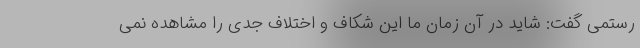
رستمی گفت: شاید در آن زمان ما این شکاف و اختلاف جدی را مشاهده نمی